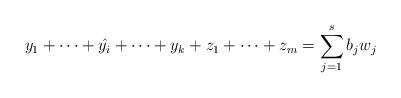
LaTeX: \begin{align*} y_1+ \dots +\hat{y_i} + \dots +y_k +z_1+\dots +z_m = \sum_{j=1}^s b_j w_j \end{align*}